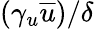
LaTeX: (\gamma_{u}\overline{{u}})/\delta